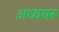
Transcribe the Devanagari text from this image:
अध्वयरू